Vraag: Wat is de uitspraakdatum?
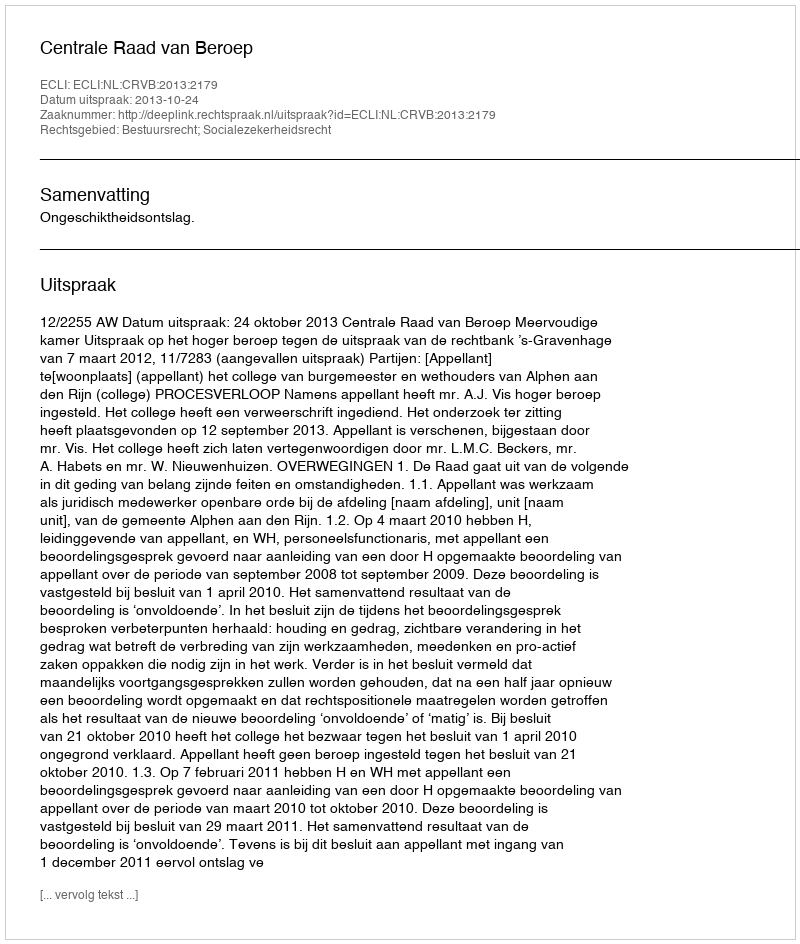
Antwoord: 2013-10-24